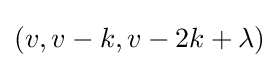
(v,v-k,v-2k+\lambda )